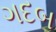
ગદબ